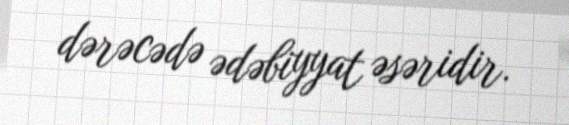
dərəcədə ədəbiyyat əsəridir.